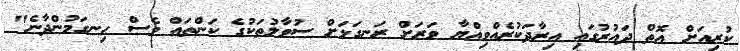
ކުރިއަށް އޮތް ދައުރުގައި އިރާދަކުރެއްވިއްޔާ ވަރަށް ރަނގަޅަށް ސުވާލުތަކުގެ ކަންތައް ވެސް ހިނގަމުންދާނެ"